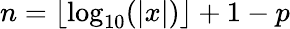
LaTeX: n=\lfloor\log_{10}(|x|)\rfloor+1-p